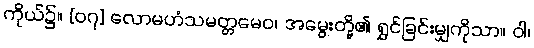
ကိုယ်၌။ [၀၇] လောမဟံသမတ္တမေဝ၊ အမွေးတို့၏ ရွှင်ခြင်းမျှကိုသာ။ ဝါ၊